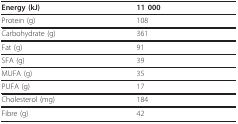
| Energy (kJ) | 11 000 |
 | --- | --- |
 | Protein (g) | 108 |
 | Carbohydrate (g) | 361 |
 | Fat (g) | 91 |
 | SFA (g) | 39 |
 | MUFA (g) | 35 |
 | PUFA (g) | 17 |
 | Cholesterol (mg) | 184 |
 | Fibre (g) | 42 |